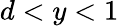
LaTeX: d<y<1